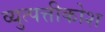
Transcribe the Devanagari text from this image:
व्युत्पत्तीकोश